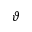
\vartheta